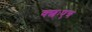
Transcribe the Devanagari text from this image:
क्शःएत्र